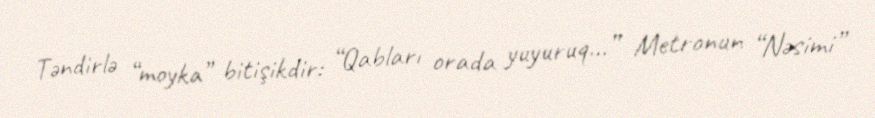
Təndirlə “moyka” bitişikdir: “Qabları orada yuyuruq…” Metronun “Nəsimi”